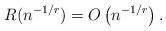
LaTeX: \begin{align*} R(n^{-1/r})=O\left(n^{-1/r}\right). \end{align*}